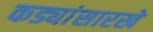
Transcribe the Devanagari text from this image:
कड्यांसारखे